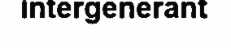
intergenerant